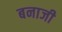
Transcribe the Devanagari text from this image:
बनाजी